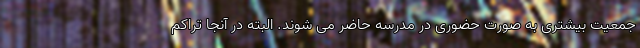
جمعیت بیشتری به صورت حضوری در مدرسه حاضر می شوند. البته در آنجا تراکم